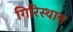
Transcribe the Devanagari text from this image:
गिरिस्थान